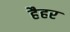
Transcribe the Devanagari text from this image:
हैहर